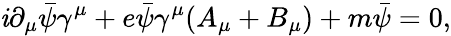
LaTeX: \mathit{i}\partial_{\mu}{\bar{{\psi}}}\gamma^{\mu}+e{\bar{{\psi}}}\gamma^{\mu}(A_{\mu}+B_{\mu})+m{\bar{{\psi}}}=0,